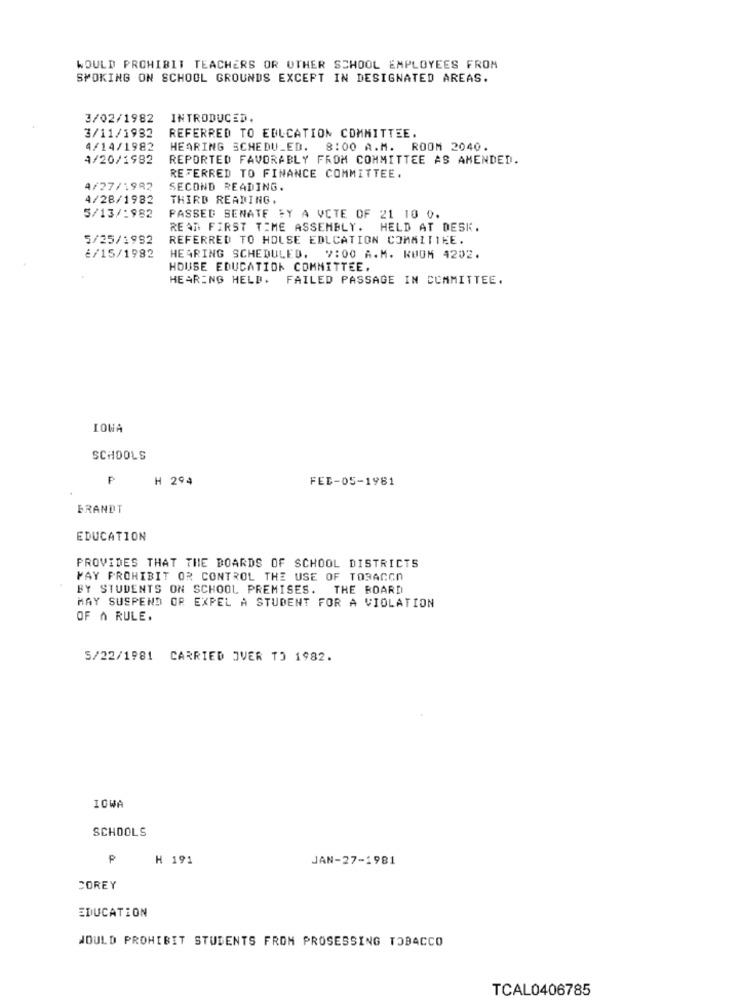
WOULD PROHIBIT TEACHERS OR OTHER SCHOOL EMPLOYEES FROM
SMOKING ON SCHOOL GROUNDS EXCEPT IN DESIGNATED AREAS.
3/02/1982
INTRODUCED.
3/11/1982
REFERRED TO EDUCATION COMMITTEE.
4/14/1982
HEARING SCHEDULED. 8:00 A.M. ROOM 2040.
4/20/1982
REPORTED FAVORABLY FROM COMMITTEE AS AMENDED.
REFERRED TO FINANCE COMMITTEE.
4/27/1982
SECOND READING.
4/28/1982
THIRD READING.
5/13/1982
PASSED SENATE FY A VCTE OF 21 10 0.
READ FIRST TIME ASSEMBLY. HELD AT DESK.
5/25/1992
REFERRED TO HOLSE EDLCATION COMMITTEE.
é/15/1982
HEARING SCHEDULED. 7:00 A.M. KUUM 4202.
HOUSE EDUCATION COMMITTEE.
HEARING HELD. FAILED PASSAGE IN COMMITTEE.
LOWA
SCHOOLS
H 294
FED-05-1981
BRANDT
EDUCATION
PROVIDES THAT THE BOARDS OF SCHOOL DISTRICTS
FAY PROHIBIT OR CONTROL THE USE OF TOBACCO
BY STUDENTS ON SCHOOL PREMISES. THE BOARD
MAY SUSPEND OR EXPEL A STUDENT FOR A VIOLATION
OF A RULE.
5/22/1981 CARRIED OVER TO 1982.
IOWA
SCHOOLS
H 191
JAN-27-1981
COREY
EDUCATION
WOULD PROHIBIT STUDENTS FROM PROSESSING TOBACCO
TCAL0406785